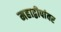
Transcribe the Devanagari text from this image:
महाद्वीपांवर